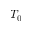
T _ { 0 }